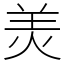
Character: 羙